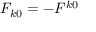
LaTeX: F _ { k 0 } = - F ^ { k 0 }